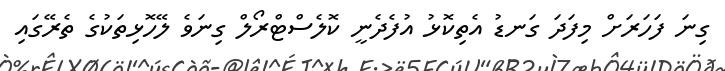
ގިނަ ފަހަރަށް މިފަދަ ގަނޑު އެތިކޮޅު އުފެދެނީ ކޮލެސްޓްރޯލް ގިނަވެ ލޭހޮޅިތަކުގެ ތެރޭގައި